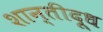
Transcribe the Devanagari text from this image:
शान्तीदूध